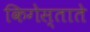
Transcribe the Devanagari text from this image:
किगेस्ताते